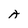
Character: A